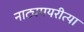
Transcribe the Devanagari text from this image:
नाट्यमयरीत्या